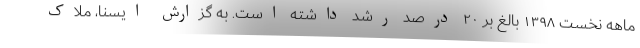
ماهه نخست ۱۳۹۸ بالغ بر ۲۰ درصد رشد داشته است. به گزارش ایسنا، ملاک